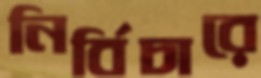
নির্বিচারে